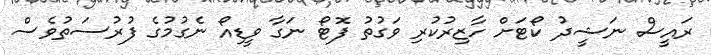
ރައީސް ނަޝީދު ކޯޓަށް ހާޒިރުކުރި ވަގުތު ފޮޓޯ ނަގާ ވީޑިއޯ ނެގުމުގެ ފުރުސަތުވެސް